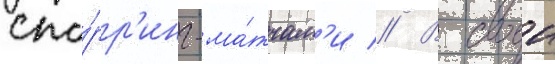
спа́рр'инг-ма́тчам'и // В своеи